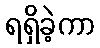
ရရှိခဲ့ကာ